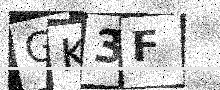
Text: GK3F